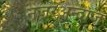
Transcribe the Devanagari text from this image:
नज़रअन्दाज